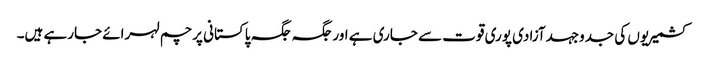
کشمیریوں کی جدوجہدآزادی پوری قوت سے جاری ہے اورجگہ جگہ پاکستانی پرچم لہرائے جارہے ہیں۔